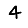
Digit: 4